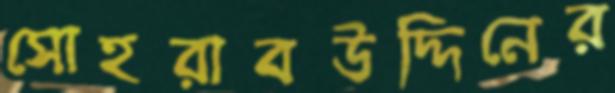
সোহরাবউদ্দিনের